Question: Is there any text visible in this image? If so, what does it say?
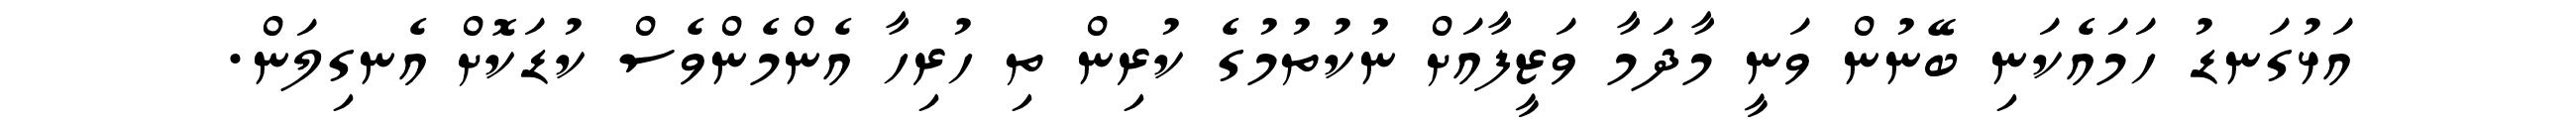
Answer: އަޅުގަނޑު ހަމައެކަނި ބޭނުން ވަނީ މާދަމާ ވަޒީފާއަށް ނުކުތުމުގެ ކުރިން ތި ހުރިހާ އެންމެންވެސް ކުޑަކޮށް އެނގިލަން.